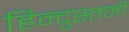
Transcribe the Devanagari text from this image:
हिन्दुस्तनी